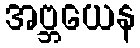
အဗ္ဘယေန